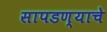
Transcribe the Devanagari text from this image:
सापडण्याचे